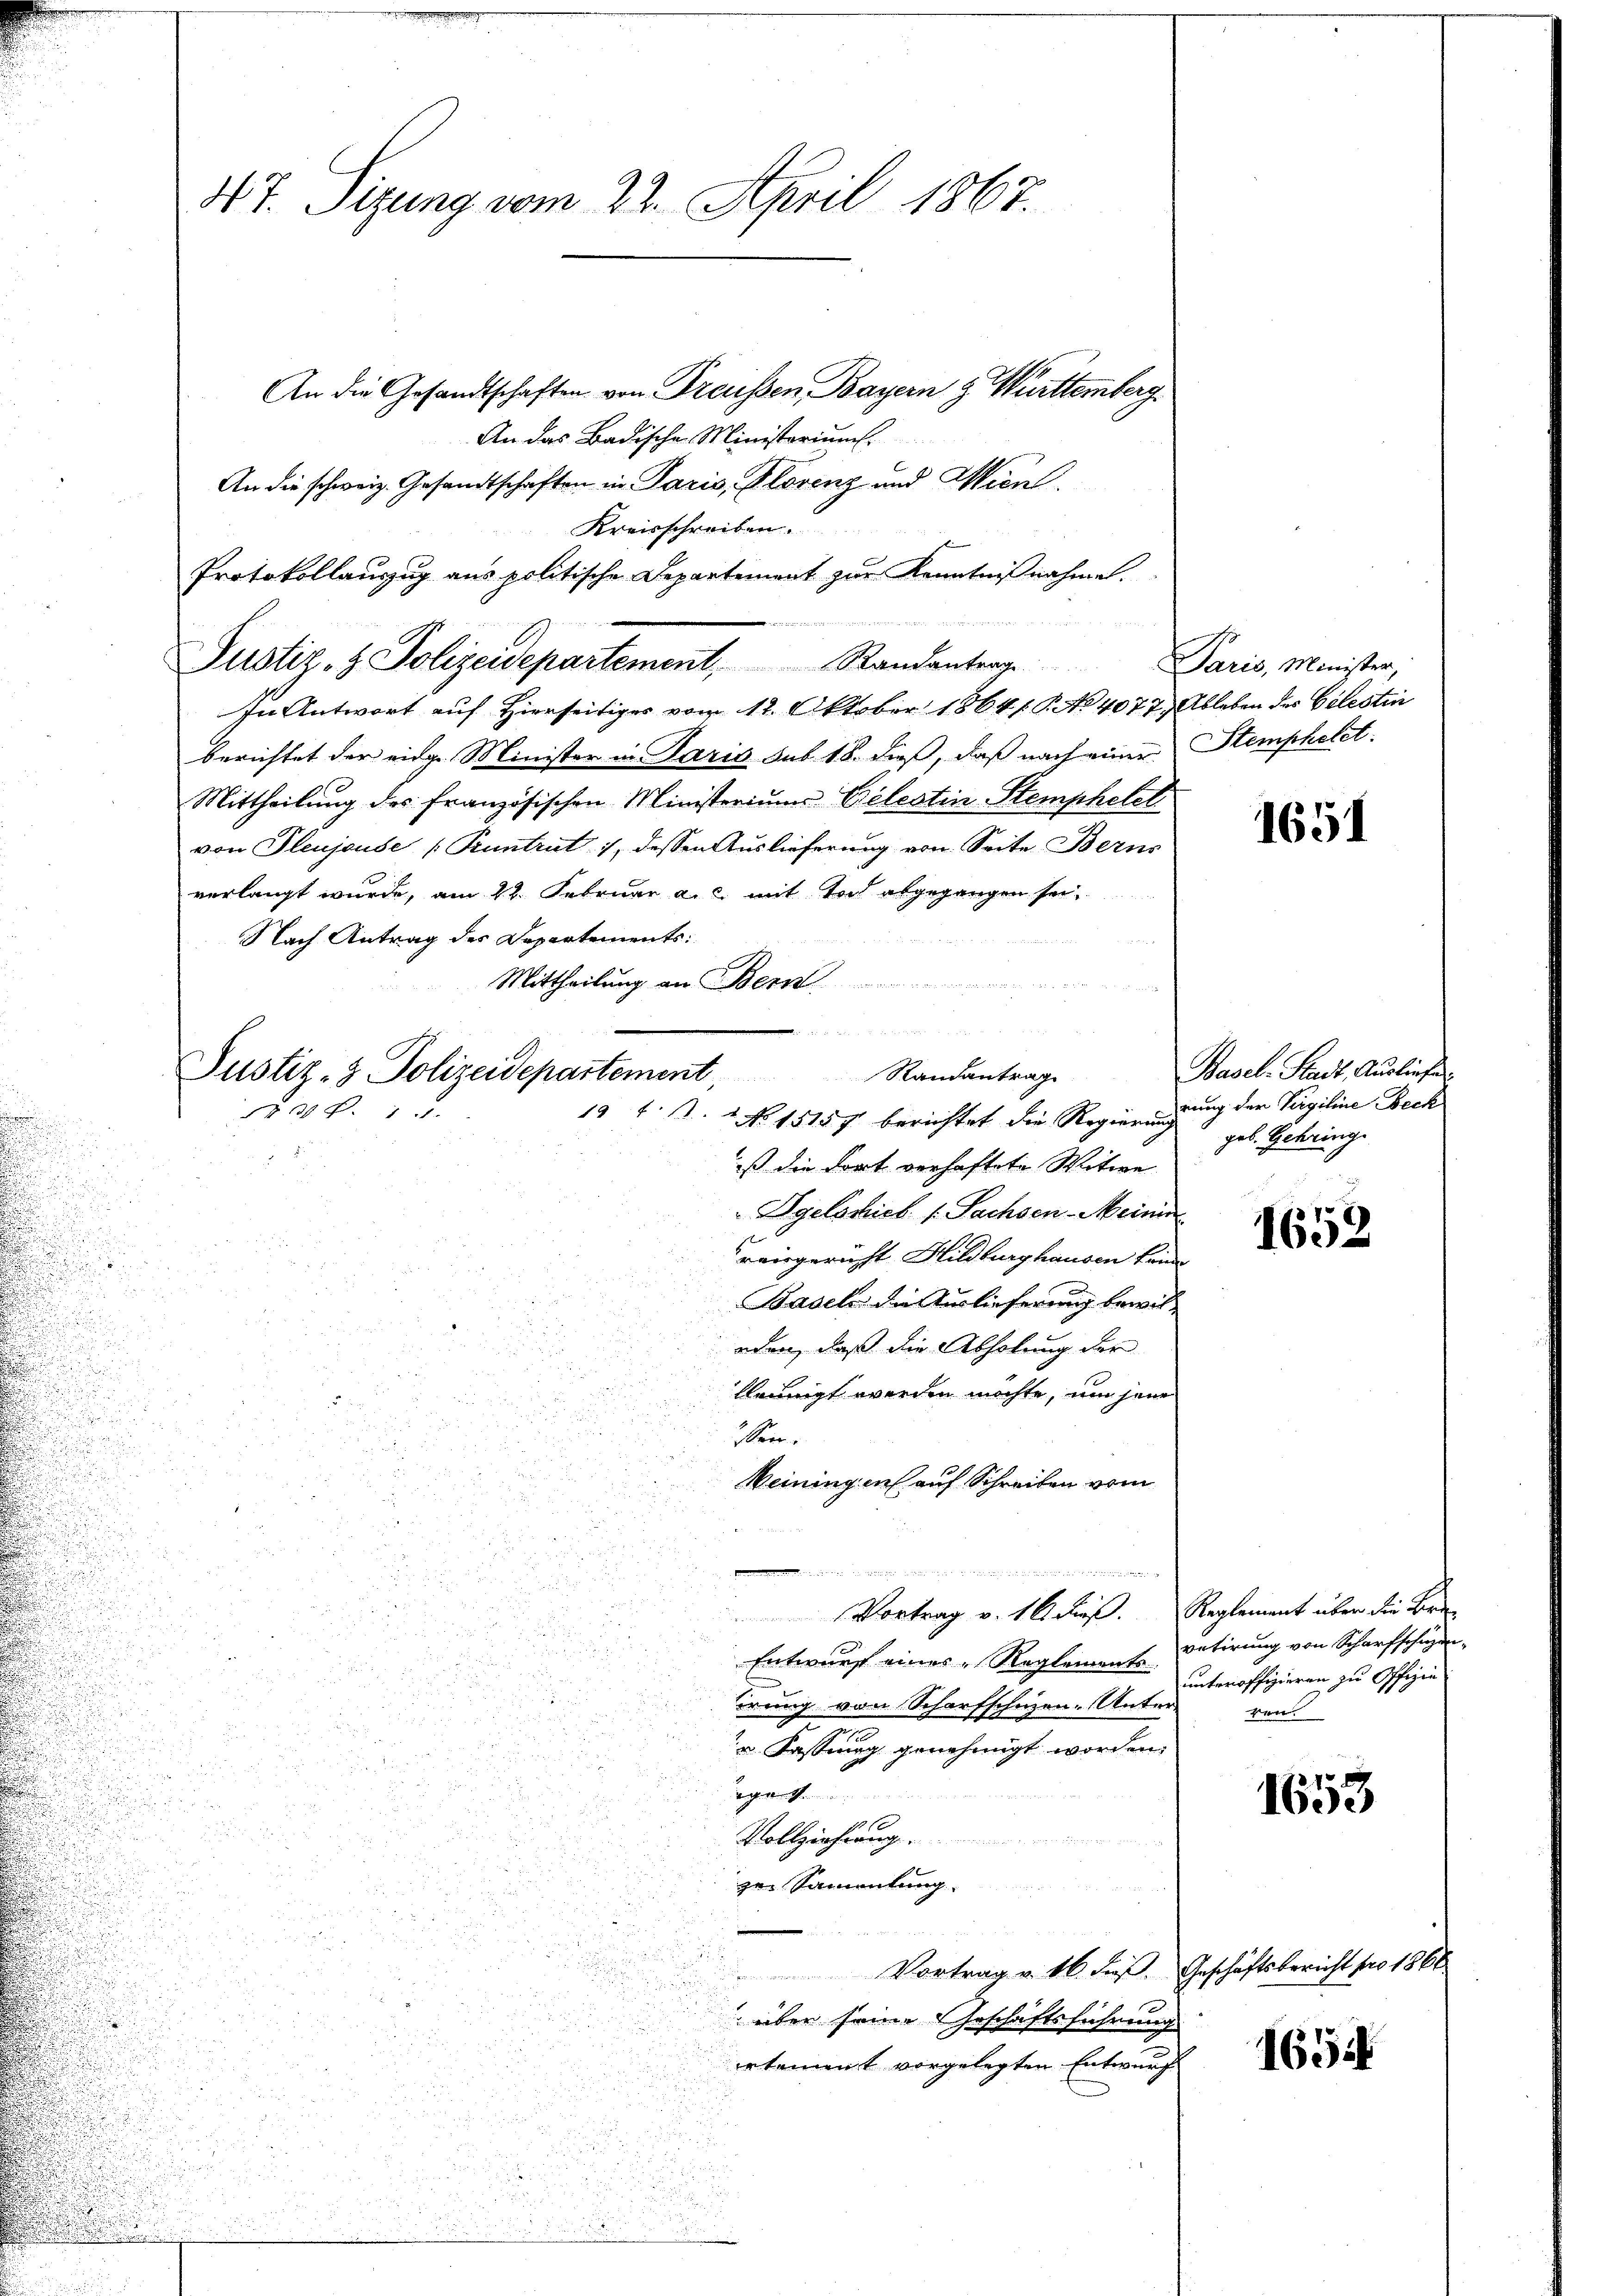
d. 7. Sizung vom 22. April 1867.

An die Gesandtschaften von Freissen, Bayern & Württemberg.
An das Badische Ministeriums.
An die schweiz. Gesandtschaften in Paris, Plorenz und Wien
Kreisschreiben.
Protokollauszug aus politische Departement zur Kenntnißnahme.
In Antwort auf Hierseitiges vom 12. Oktober 1864, S. No 4077, Ableben des Gelestin
berichtet der eidg. Minister in Paris sub. 18. dieß, daß nach einer Stemphetet.
Mittheilung des französischen Ministeriums Celestin Stemphetel
von Pleujeuse (Kuntrut 1, dessen Aŭslieferŭng von Seite Bern
verlangt wurde, am 22. Februar a.c. mit Toch abgegangen sei,
Nach Antrag des Departements:
Mittheilung an Bern.
n
Justiz- & Polizeidepartement, Randantrage
ist die Fort verhaftete Witwe
Dgelschick (: Sachsen-Meinin
reisgericht Hildburghausen fein
Basels die Auslieferung bewileden, daß die Abholung der
lleunigt werden möchte, um jene
sen.
u
Weiningen auf Schreiben vom
u
 Wege gerung einen und der in der der der des Andenennungen

u
.
Vortrag v. 16. dieß. Reglement über die Bre

u

Entwurf eines Reglement Detirung von Scharfschüzen-

unteroffizieren zu Offizie

irung von Scharfschuzen. Unter von
u Fassung genehmigt worden.
g
1653
Vollziehung
zer Sammlung
Vortrag v. 16. dieß. Geschäftsbericht pro 1861
eiben seine Geschäftsführung
165
rtement vorgelegten Entwurf

38 f. 11.

Justiz- & Polizeidepartement, Randantrag. Paris, Minister,

19 t S. 2 No 15157 berichtet die Regierung

Basel-Stadt, Ausliefer
rung der Virgiline Beck
geb. Gehring

1652